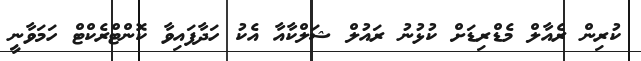
ކުރިން ރެއާލް މެޑްރިޑަށް ކުޅުނު ރައުލް ޝަލްކާއާ އެކު ހަދާފައިވާ ކޮންޓްރެކްޓް ހަމަވާނީ